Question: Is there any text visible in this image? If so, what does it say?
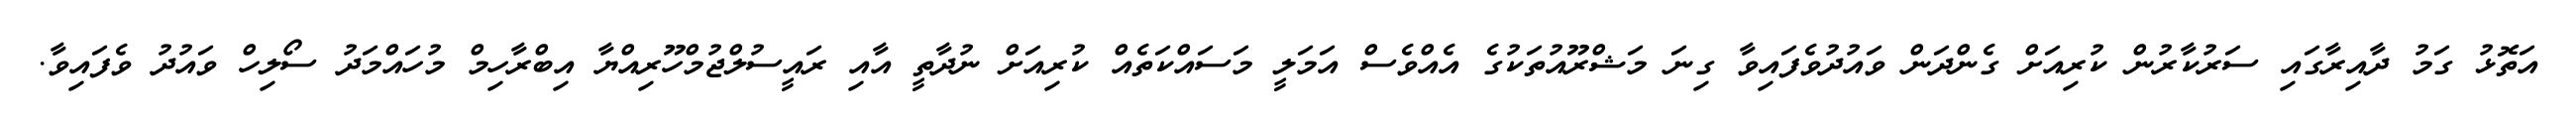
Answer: އަތޮޅު ގަމު ދާއިރާގައި ސަރުކާރުން ކުރިއަށް ގެންދަން ވައުދުވެފައިވާ ގިނަ މަޝްރޫއުތަކުގެ އެއްވެސް އަމަލީ މަސައްކަތެއް ކުރިއަށް ނުދާތީ އާއި ރައީސުލްޖުމްހޫރިއްޔާ އިބްރާހިމް މުހައްމަދު ސޯލިހް ވައުދު ވެފައިވާ.